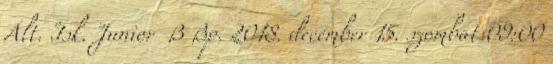
Ált. Isk. Junior B Bp. 2018. december 15. szombat 09:00